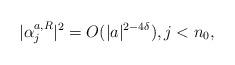
LaTeX: \begin{align*}|\alpha_{j}^{a,R}|^2=O(|a|^{2-4\delta}),j<n_0,\end{align*}